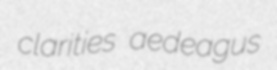
clarities aedeagus